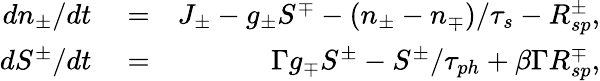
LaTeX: \begin{array}{rlr}{dn_{\pm}/dt}&{{}=}&{J_{\pm}-g_{\pm}S^{\mp}-(n_{\pm}-n_{\mp})/\tau_{s}-R_{sp}^{\pm},}\\ {dS^{\pm}/dt}&{{}=}&{\Gamma g_{\mp}S^{\pm}-S^{\pm}/\tau_{ph}+\beta\Gamma R_{sp}^{\mp},}\end{array}